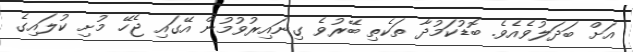
އަށް ބަދަލުވެއެވެ. ބޮޑުކަމުދާ ތަކެތި ބޭރުވެ ގިނައިރުވުމުން އޭގައި ޖެހޭ މުށި ކުލައިގެ